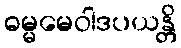
ဓမ္မမေဝါဒပယန္တိ